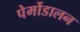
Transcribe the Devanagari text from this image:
पेर्मोडालन